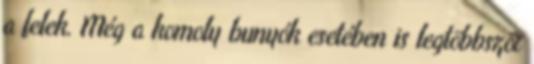
a felek. Még a komoly bunyók esetében is legtöbbször